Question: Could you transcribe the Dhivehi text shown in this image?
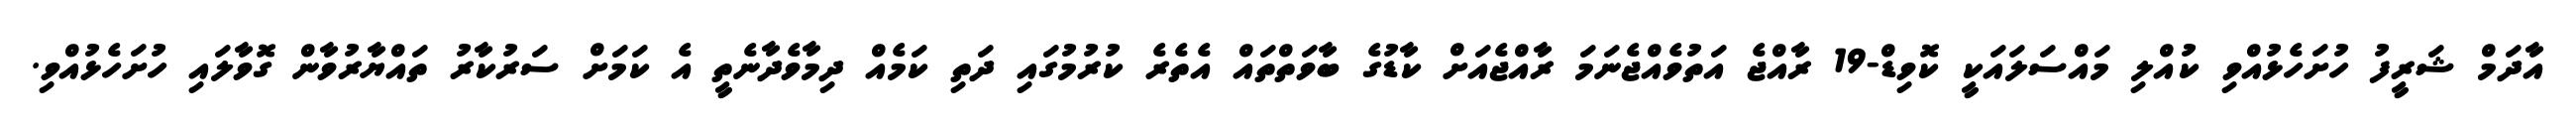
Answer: އާދަމް ޝަރީފު ހުށަހެޅުއްވި ކުއްލި މައްސަލައަކީ ކޮވިޑް-19 ރާއްޖެ އަތުވެއްޖެނަމަ ރާއްޖެއަށް ކާޑުގެ ބާވަތްތައް އެތެރެ ކުރުމުގައި ދަތި ކަމެއް ދިމާވެދާނެތީ އެ ކަމަށް ސަރުކާރު ތައްޔާރުވާން ގޮވާލައި ހުށަހެޅުއްވި.